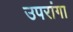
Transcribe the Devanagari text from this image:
उपरांगा